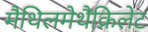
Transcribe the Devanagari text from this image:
मैथिलमेथैक्रिलेट